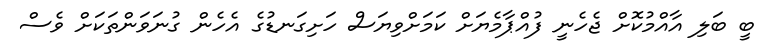
ބީ ބަލި އާއްމުކޮށް ޖެހެނީ ފުއްޕާމެޔަށް ކަމަށްވިޔަސް ހަށިގަނޑުގެ އެހެން ގުނަވަންތަކަށް ވެސް